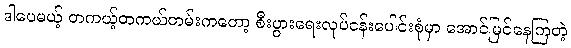
ဒါပေမယ့် တကယ့်တကယ်တမ်းကတော့ စီးပွားရေးလုပ်ငန်းပေါင်းစုံမှာ အောင်မြင်နေကြတဲ့